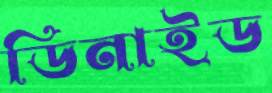
ডিনাইড